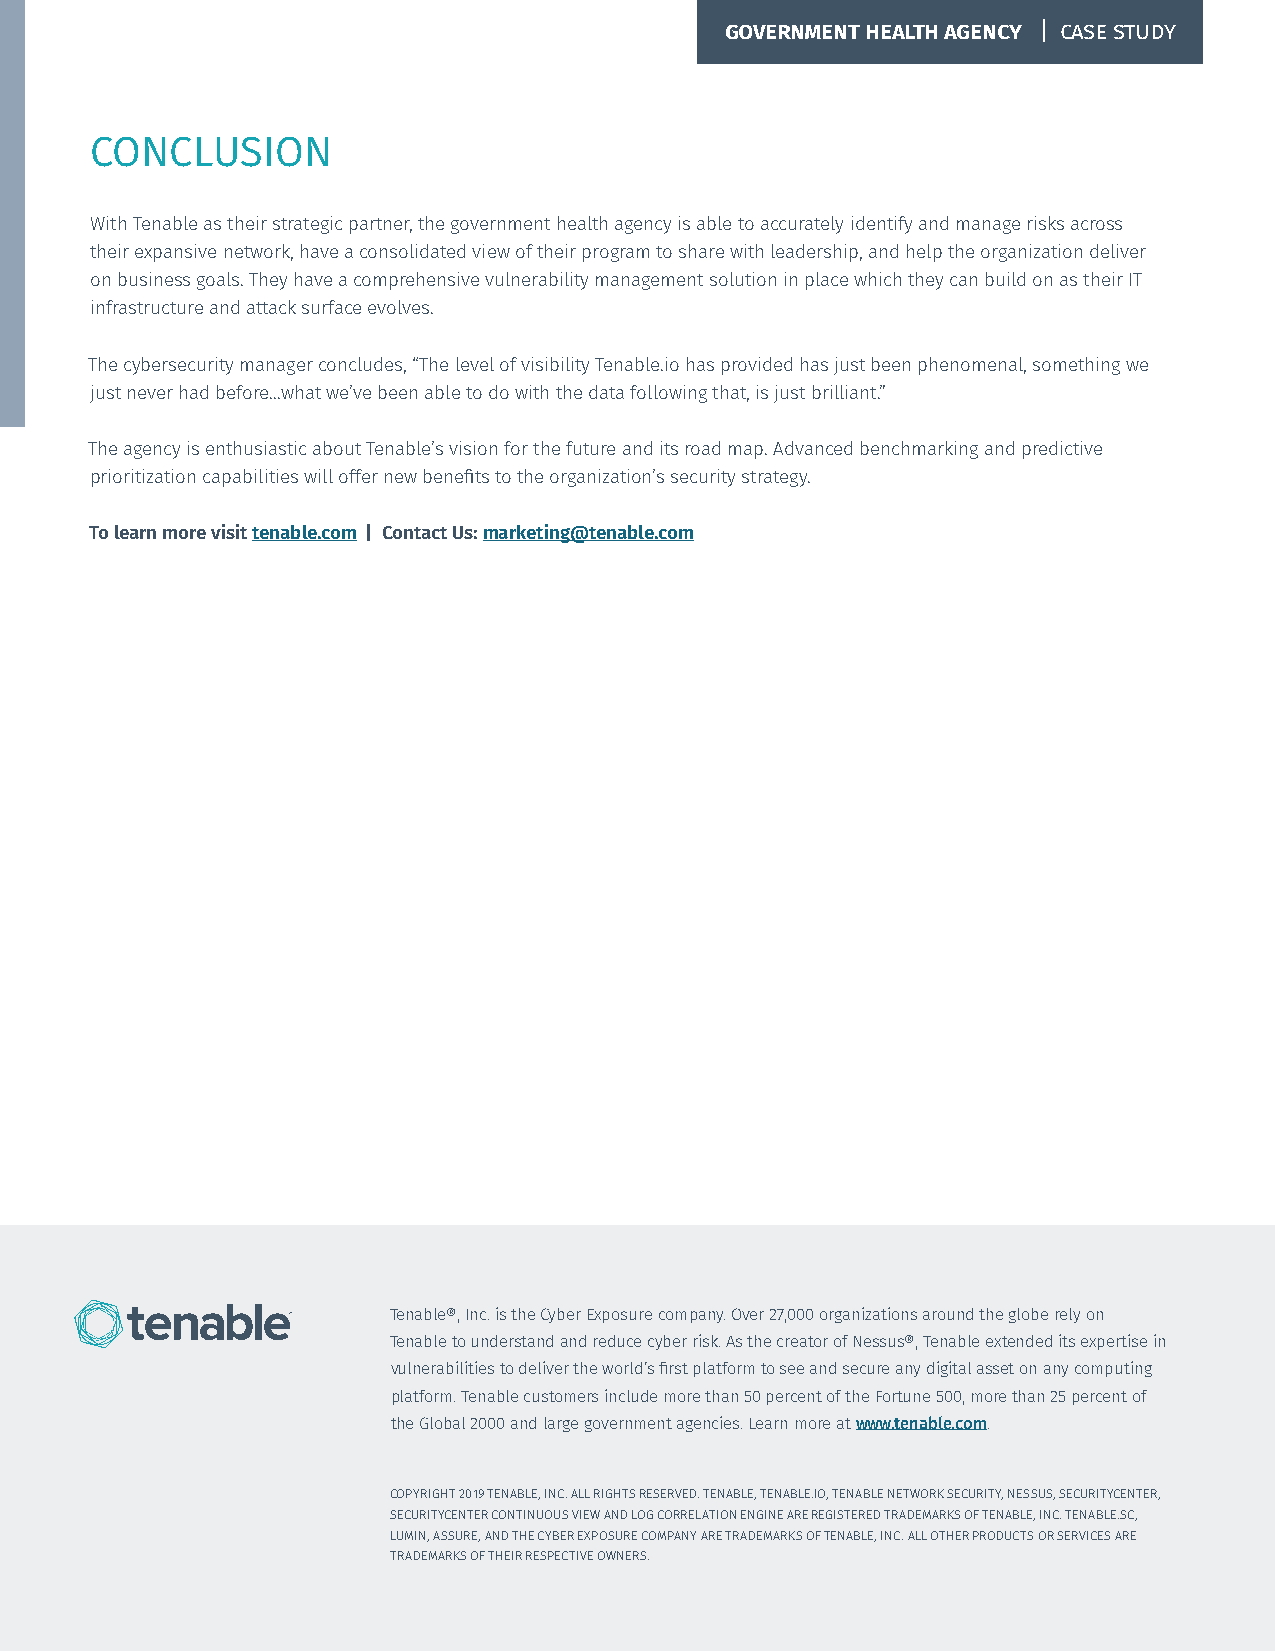
GOVERNMENT HEALTH AGENCY | CASE STUDY
 CONCLUSION
 With Tenable as their strategic partner, the government health agency is able to accurately identify and manage risks across
 their expansive network, have a consolidated view of their program to share with leadership, and help the organization deliver
 on business goals. They have a comprehensive vulnerability management solution in place which they can build on as their IT
 infrastructure and attack surface evolves.
 The cybersecurity manager concludes, “The level of visibility Tenable.io has provided has just been phenomenal, something we
 just never had before...what we’ve been able to do with the data following that, is just brilliant.”
 The agency is enthusiastic about Tenable’s vision for the future and its road map. Advanced benchmarking and predictive
 prioritization capabilities will offer new benefits to the organization’s security strategy.
 To learn more visit tenable.com | Contact Us: marketing@tenable.com
 Tenable®, Inc. is the Cyber Exposure company. Over 27,000 organizations around the globe rely on
 Tenable to understand and reduce cyber risk. As the creator of Nessus®, Tenable extended its expertise in
 vulnerabilities to deliver the world’s first platform to see and secure any digital asset on any computing
 platform. Tenable customers include more than 50 percent of the Fortune 500, more than 25 percent of
 the Global 2000 and large government agencies. Learn more at www.tenable.com.
 COPYRIGHT 2019 TENABLE, INC. ALL RIGHTS RESERVED. TENABLE, TENABLE.IO, TENABLE NETWORK SECURITY, NESSUS, SECURITYCENTER,
 SECURITYCENTER CONTINUOUS VIEW AND LOG CORRELATION ENGINE ARE REGISTERED TRADEMARKS OF TENABLE, INC. TENABLE.SC,
 LUMIN, ASSURE, AND THE CYBER EXPOSURE COMPANY ARE TRADEMARKS OF TENABLE, INC. ALL OTHER PRODUCTS OR SERVICES ARE
 TRADEMARKS OF THEIR RESPECTIVE OWNERS.
 Case Study / Government Health Agency / 5